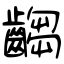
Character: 齺